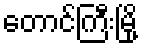
တောင်ကြီးမြို့